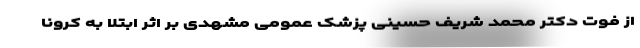
از فوت دکتر محمد شریف حسینی پزشک عمومی مشهدی بر اثر ابتلا به کرونا